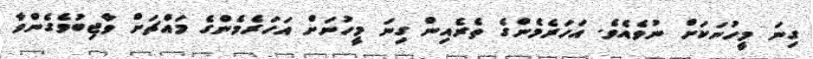
ގިނަ މީހުނަކަށް ނުވެއެވެ. އަހަރެމެންގެ ތެރެއިން ގިނަ މީހުނަށް އަހަރެމެންގެ މައްޗަށް ވާޖިބުވެގެންވާ